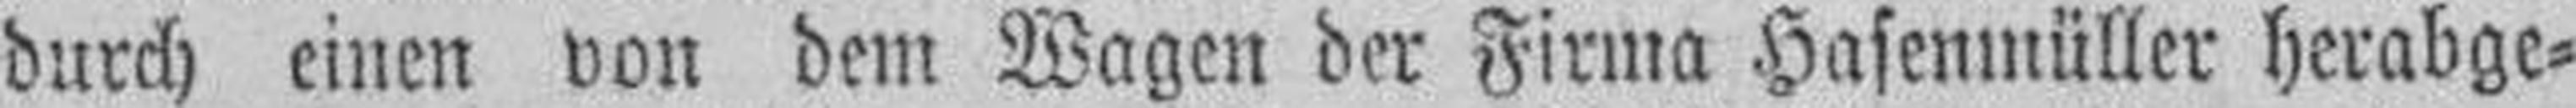
durch einen von dem Wagen der Firma Hasenmüller herabge¬